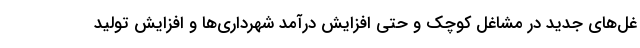
غل‌های جدید در مشاغل کوچک و حتی افزایش درآمد شهرداری‌ها و افزایش تولید